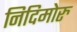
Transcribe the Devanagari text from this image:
निदिमोरु